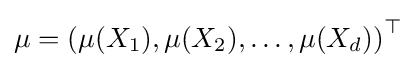
\mathbf {\mu } =\left(\mu (X_{1}),\mu (X_{2}),\dots ,\mu (X_{d})\right)^{\top }